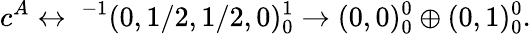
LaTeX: c^{A}\leftrightarrow\ ^{-1}(0,1/2,1/2,0)_{0}^{1}\rightarrow(0,0)_{0}^{0}\oplus(0,1)_{0}^{0}.